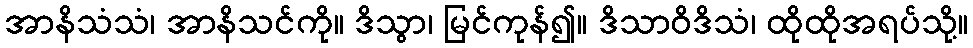
အာနိသံသံ၊ အာနိသင်ကို။ ဒိသွာ၊ မြင်ကုန်၍။ ဒိသာဝိဒိသံ၊ ထိုထိုအရပ်သို့။